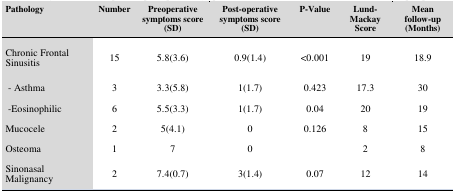
<table><thead><tr><td><b>Pathology</b></td><td><b>Number</b></td><td><b>Preoperative symptoms score (SD)</b></td><td><b>Post-operative symptoms score (SD)</b></td><td><b>P-Value</b></td><td><b>Lund-MackayScore</b></td><td><b>Meanfollow-up(Months)</b></td></tr></thead><tbody><tr><td>Chronic FrontalSinusitis</td><td>15</td><td>5.8(3.6)</td><td>0.9(1.4)</td><td>&lt;0.001</td><td>19</td><td>18.9</td></tr><tr><td> - Asthma</td><td>3</td><td>3.3(5.8)</td><td>1(1.7)</td><td>0.423</td><td>17.3</td><td>30</td></tr><tr><td> -Eosinophilic</td><td>6</td><td>5.5(3.3)</td><td>1(1.7)</td><td>0.04</td><td>20</td><td>19</td></tr><tr><td>Mucocele</td><td>2</td><td>5(4.1)</td><td>0</td><td>0.126</td><td>8</td><td>15</td></tr><tr><td>Osteoma</td><td>1</td><td>7</td><td>0</td><td></td><td>2</td><td>8</td></tr><tr><td>SinonasalMalignancy</td><td>2</td><td>7.4(0.7)</td><td>3(1.4)</td><td>0.07</td><td>12</td><td>14</td></tr></tbody></table>